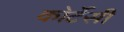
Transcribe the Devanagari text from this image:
कोर्टेसी